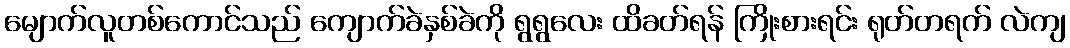
မျောက်လူတစ်ကောင်သည် ကျောက်ခဲနှစ်ခဲကို ရွရွလေး ထိခတ်ရန် ကြိုးစားရင်း ရုတ်တရက် လဲကျ